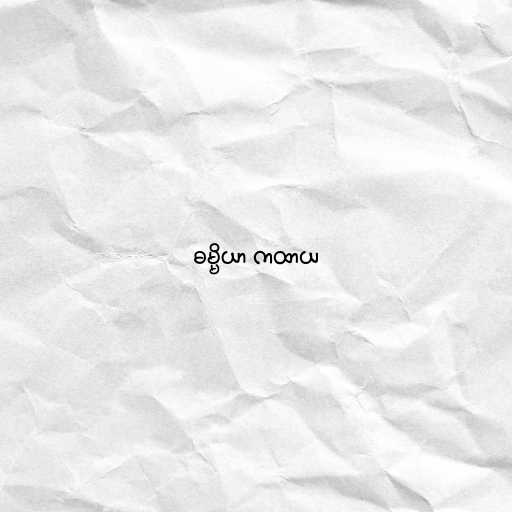
ဓမ္မိယာ ကထာယ